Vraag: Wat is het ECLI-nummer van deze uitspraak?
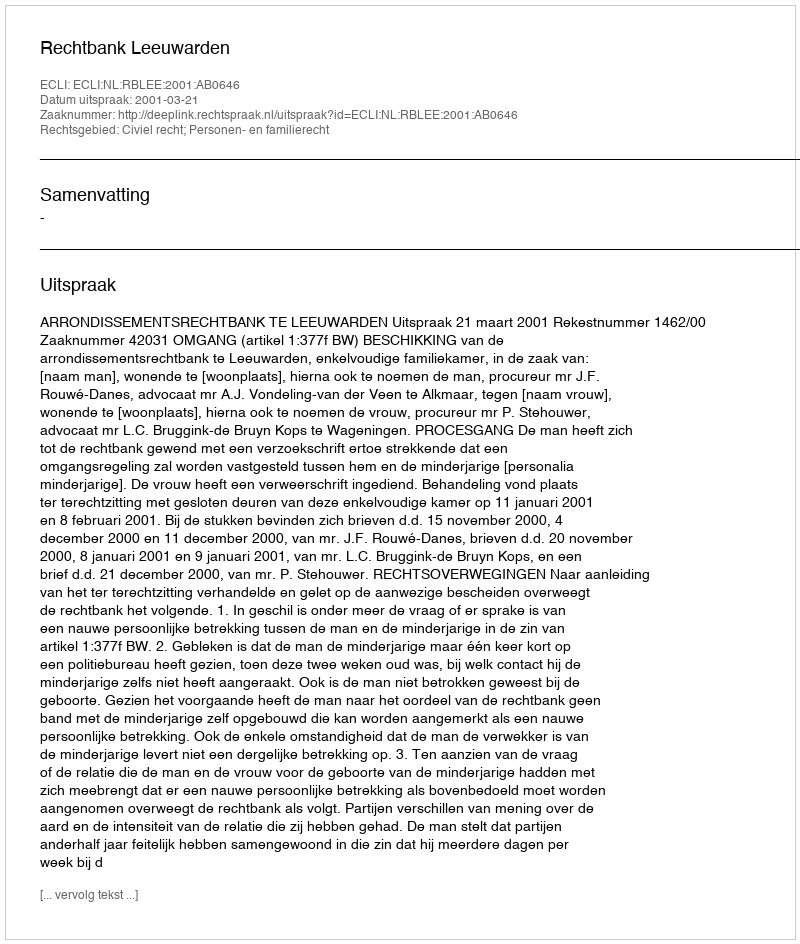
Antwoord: ECLI:NL:RBLEE:2001:AB0646